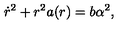
\dot { r } ^ { 2 } + r ^ { 2 } a ( r ) = b \alpha ^ { 2 } ,